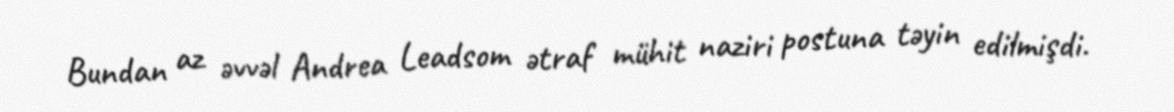
Bundan az əvvəl Andrea Leadsom ətraf mühit naziri postuna təyin edilmişdi.